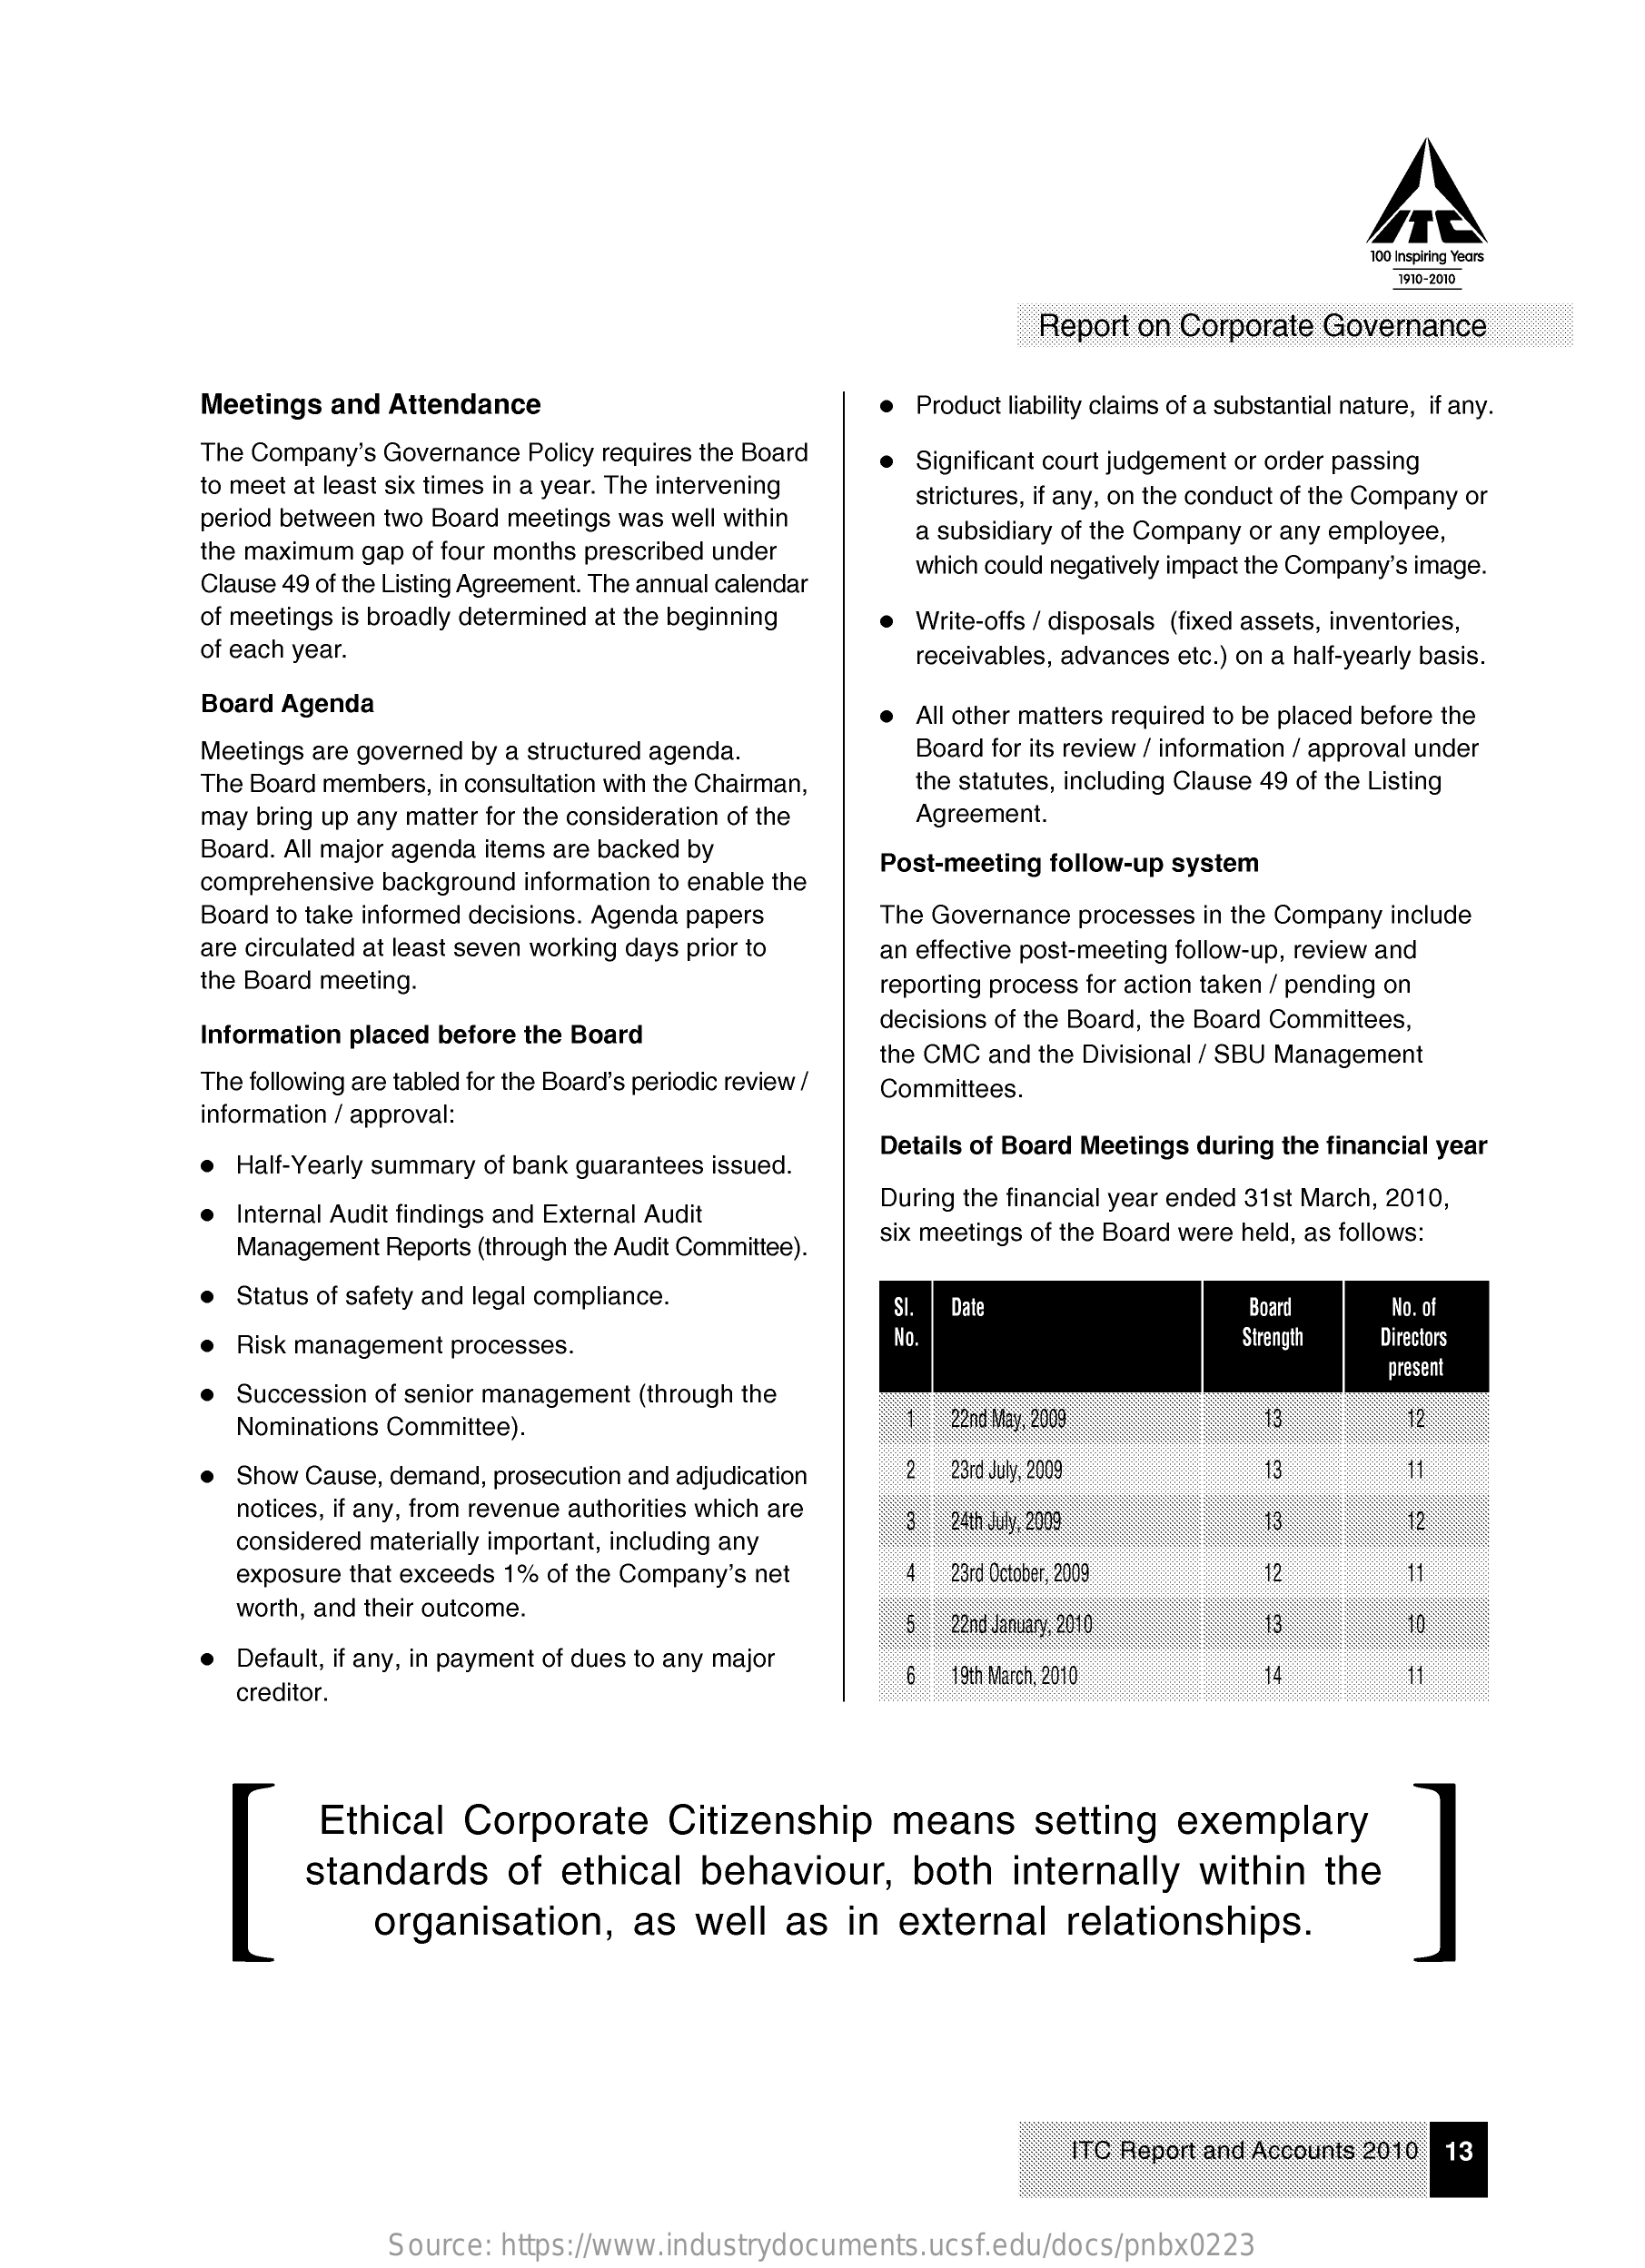
100 Inspiring Years
     1910-2000
     Report on Corporate Governance
     Meetings and Attendance    Product liability claims of a substantial nature, if any.
     The Company's Governance Policy requires the Board
     to meet at least six times in a year. The intervening
     Significant court judgement or order passing
     period between two Board meetings was well within
     strictures, if any, on the conduct of the Company or
     the maximum gap of four months prescribed under
     a subsidiary of the Company or any employee,
     Clause 49 of the Listing Agreement. The annual calendar
     which could negatively impact the Company's image.
     of meetings is broadly determined at the beginning
     of each year.
     Write-offs / disposals (fixed assets, inventories,
     receivables, advances etc.) on a half-yearly basis.
     Board Agenda    All other matters required to be placed before the
     Meetings are governed by a structured agenda.    Board for its review / information / approval under
     The Board members, in consultation with the Chairman, the statutes, including Clause 49 of the Listing
     may bring up any matter for the consideration of the Agreement.
     Board. All major agenda items are backed by
     comprehensive background information to enable the
     Post-meeting follow-up system
     Board to take informed decisions. Agenda papers The Governance processes in the Company include
     are circulated at least seven working days prior to an effective post-meeting follow-up, review and
     the Board meeting.    reporting process for action taken / pending on
     Information placed before the Board
     decisions of the Board, the Board Committees,
     The following are tabled for the Board's periodic review /
     the CMC and the Divisional / SBU Management
     information / approval:
     Committees.
     Half-Yearly summary of bank guarantees issued.
     Details of Board Meetings during the financial year
     Internal Audit findings and External Audit   During the financial year ended 31st March, 2010,
     Management Reports (through the Audit Committee). six meetings of the Board were held, as follows:
     Status of safety and legal compliance.    SI.    Boart
     No.
     Date    No. of
     Risk management processes.    Strength Directors
     Succession of senior management (through the
     present
     Nominations Committee).    22nd May, 2009    12
     Show Cause, demand, prosecution and adjudication 2 23rd July, 2009    13    11
     notices, if any, from revenue authorities which are
     considered materially important, including any
     3  24th July, 2009    1    12
     exposure that exceeds 1% of the Company's net  4  23rd October, 2009    12    11
     worth, and their outcome.
     22nd January, 2010    13    10
     Default, if any, in payment of dues to any major
     creditor.
     6  19th March, 2010    14    11
     Ethical  Corporate    Citizenship    means    setting  exemplary
     standards    of ethical   behaviour,    both   internally   within   the
     organisation,    as   well  as  in  external    relationships.
     ITC Report and Accounts 2010 13
     Source: https://www.industrydocuments.ucsf.edu/docs/pnbx0223